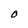
Character: O